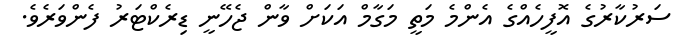
ސަރުކާރުގެ އޮފީހެއްގެ އެންމެ މަތީ މަގާމް އަކަށް ވާން ޖެހޭނީ ޑިރެކްޓަރު ފެންވަރެވެ.